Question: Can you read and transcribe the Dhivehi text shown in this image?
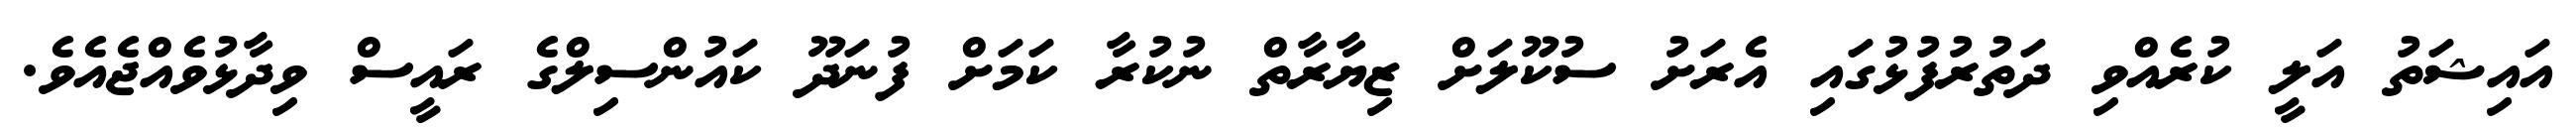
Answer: އައިޝަތު އަލީ ކުރެއްވި ދަތުރުފުޅުގައި އެރަށު ސުކޫލަށް ޒިޔާރާތް ނުކުރާ ކަމަށް ފުނަދޫ ކައުންސިލްގެ ރައީސް ވިދާޅުވެއްޖެއެވެ.